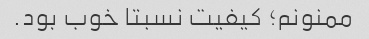
ممنونم؛ کیفیت نسبتا خوب بود.